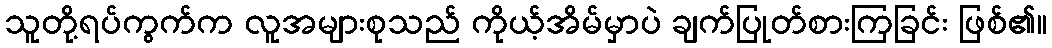
သူတို့ရပ်ကွက်က လူအများစုသည် ကိုယ့်အိမ်မှာပဲ ချက်ပြုတ်စားကြခြင်း ဖြစ်၏။